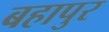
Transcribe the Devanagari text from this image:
बहापुर